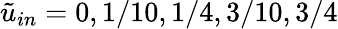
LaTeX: \tilde{u}_{in}=0,1/10,1/4,3/10,3/4